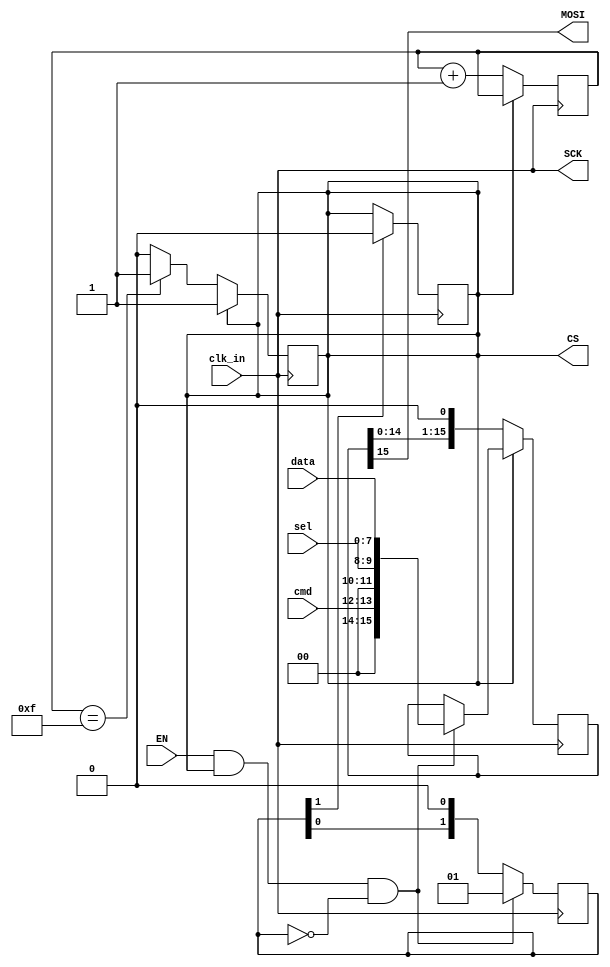
`timescale 1ns / 1ps
//////////////////////////////////////////////////////////////////////////////////
// Company: 
// Engineer:
// 
// Design Name: 
// Module Name: DFR0520_SPI
// Project Name: 
// Target Devices: DFR0520 100k digital potentiometer
// Tool Versions: Vivado 2020.2
// Description: Control DFR0520 duel digital 100K potentiometer through SPI interface through a PMOD connecter
//              
//              more details at: https://wiki.dfrobot.com/Dual_Digital_Pot__100K__SKU__DFR0520
// 
// Dependencies: 
// 
// Revision:0.1
// Revision 0.01 - File Created
// Additional Comments:
// 
//////////////////////////////////////////////////////////////////////////////////


module DFR0520_SPI(
    input clk_in, EN,               //clk input and enable input
    input [0:7] data,               //data byte
    input [0:1] cmd,                //2 command bits
    input [0:1] sel,                //2 channel select bits
    output CS, SCK, MOSI            //CS(chip select active low), SCK (serial clk), MOSI (master out slave in)
    );
    
reg select = 1'b1;                  //select is active low, keep high until needed
reg [3:0] CS_counter = 4'b0000;               //keeps select low for 16 clk cycles
reg [15:0] sdata = 16'b0;                   //serial data to be sent to chip, use as shift register
reg [1:0] delay;                            //shift register for timing issues


always @ (posedge clk_in) begin
    delay <= {delay[0], 1'b0};                                      //delayshift register
    
    if (EN == 1'b1 && select == 1'b1 && delay == 2'b0) begin        //only allows the process to start if it is currently incative
        sdata <= {2'b0, cmd, 2'b0, sel, data};                      //load command, select, and data bits into the serial data register
        delay <= 2'b01;                                             //load delay shift register
    end
   
   if (select == 1'b0) begin
        sdata <= {sdata[14:0], 1'b0};               //shift register into serial data output
    end
end

always @ (posedge clk_in) begin
    if (delay[1] == 1'b1)
        select <= 1'b0;                                 //set select low after 3 clks
end

always @ (posedge clk_in) begin
    if (select == 1'b0) begin
        if (CS_counter == 4'b1111) begin
            select <= 1'b1;                         //set select high after 16 clks
        end
        CS_counter <= CS_counter + 1;               //count up whenever select is low
    end
end


assign CS = select;                 //assign chip select output to select
assign MOSI = sdata[15];            //assign MOSI as sdata most significant bit
assign SCK = clk_in;                //just pass this through for now, SPI typicaly uses half the system clk but not more than 12.5 MHz

endmodule